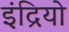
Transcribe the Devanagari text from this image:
इंद्रियो